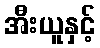
အီးယူနှင့်